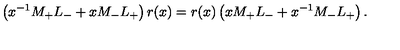
\left( x ^ { - 1 } M _ { + } L _ { - } + x M _ { - } L _ { + } \right) r ( x ) = r ( x ) \left( x M _ { + } L _ { - } + x ^ { - 1 } M _ { - } L _ { + } \right) .